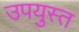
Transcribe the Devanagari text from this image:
उपयुस्त